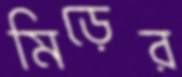
মিড়ের